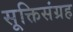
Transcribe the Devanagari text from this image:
सूक्तिसंग्रह